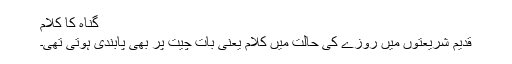
 گناہ کا کلام
قدیم شریعتوں میں روزے کی حالت میں کلام یعنی بات چیت پر بھی پابندی ہوتی تھی۔